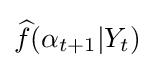
{\widehat {f}}(\alpha _{t+1}|Y_{t})